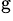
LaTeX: ^{\mathrm{g}}